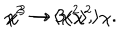
LaTeX: { \chi } ^ { 2 } \to \langle { \chi } ^ { 2 } \rangle , \hspace { 5 m m } { \chi } ^ { 3 } \to 3 \langle { \chi } ^ { 2 } \rangle { \chi } .